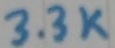
Text: 3.3K